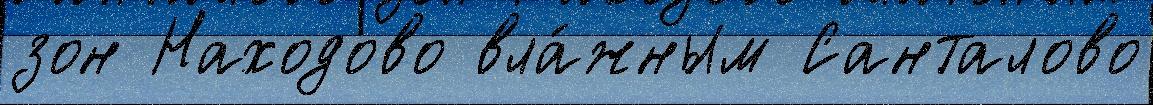
зон Находово вла́жным Санталово